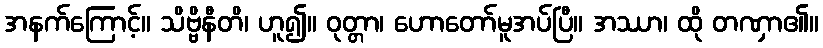
အနက်ကြောင့်။ သိဗ္ဗိနီတိ၊ ဟူ၍။ ဝုတ္တာ၊ ဟောတော်မူအပ်ပြီ။ အဿာ၊ ထို တဏှာ၏။